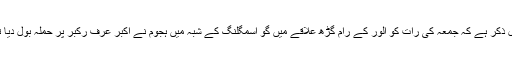
قابل ذکر ہے کہ جمعہ کی رات کو الور کے رام گڑھ علاقے میں گو اسمگلنگ کے شبہ میں ہجوم نے اکبر عرف ركبر پر حملہ بول دیا تھا۔